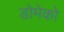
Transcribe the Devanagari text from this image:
डोमेको